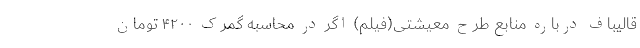
قالیباف درباره منابع طرح معیشتی(فیلم) اگر در محاسبه گمرک ۴۲۰۰ تومان